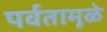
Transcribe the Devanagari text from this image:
पर्वतामूळे